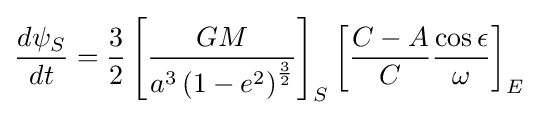
{\frac {d\psi _{S}}{dt}}={\frac {3}{2}}\left[{\frac {GM}{a^{3}\left(1-e^{2}\right)^{\frac {3}{2}}}}\right]_{S}\left[{\frac {C-A}{C}}{\frac {\cos \epsilon }{\omega }}\right]_{E}